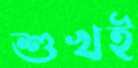
শুখই